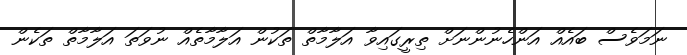
ނަމަވެސް ބައެއް އަންހެނުންނަށް ތިރީގައިވާ އަލާމާތް ތަކުން އަލާމާތެއް ނުވަތަ އަލާމާތް ތަކެން